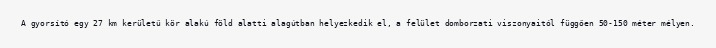
A gyorsító egy 27 km kerületű kör alakú föld alatti alagútban helyezkedik el, a felület domborzati viszonyaitól függően 50-150 méter mélyen.